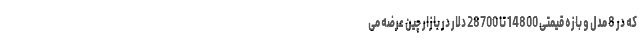
که در 8 مدل و بازه قیمتی 14800 تا 28700 دلار در بازار چین عرضه می